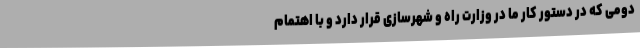
دومی که در دستور کار ما در وزارت راه و شهرسازی قرار دارد و با اهتمام